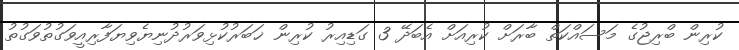
ކުރިން ބްރިޖުގެ މަސައްކަތް ބާރަށް ކުރިއަށް އެބަދޭ 3 ގަޑިއިރު ކުރިން ޚަބަރުކުޅިވަރުދުނިޔެވިޔަފާރިއީވަގުތުވަގުތު